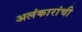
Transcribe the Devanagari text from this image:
अलंकारांची